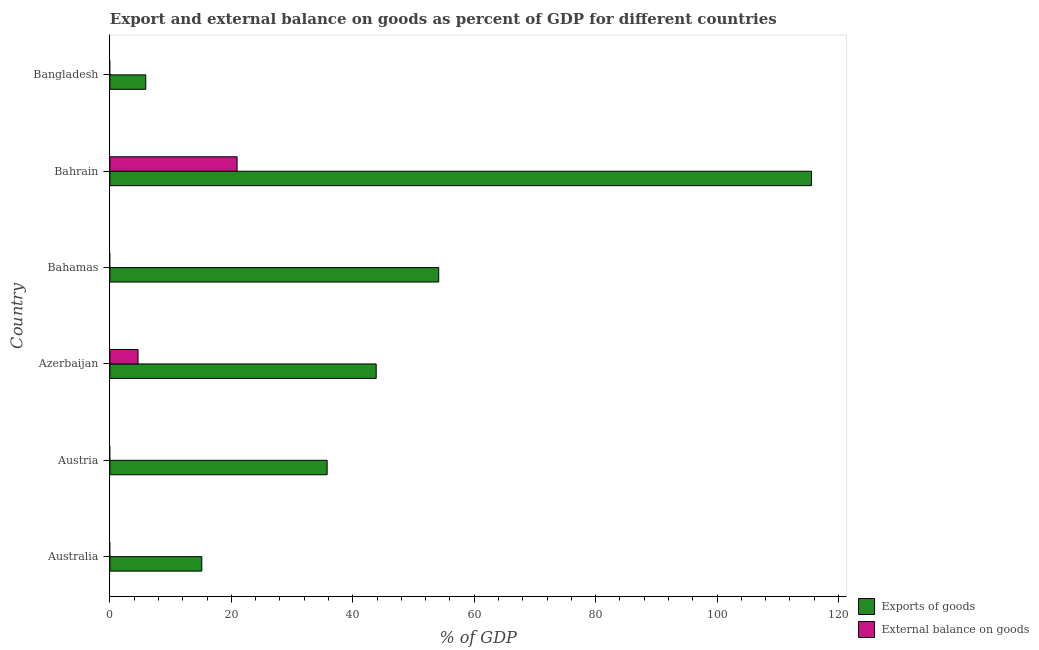
| Country | Exports of goods | External balance on goods |
 | --- | --- | --- |
 | Australia | 15.1 | -1.99 |
 | Austria | 35.8 | -0.0635 |
 | Azerbaijan | 43.9 | 4.64 |
 | Bahamas | 54.2 | -1.8 |
 | Bahrain | 116 | 21 |
 | Bangladesh | 5.91 | -7.15 |